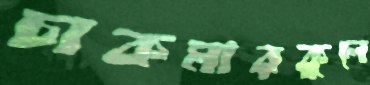
চাকমারকুলে